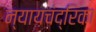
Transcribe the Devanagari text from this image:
न्यायचंद्रिका